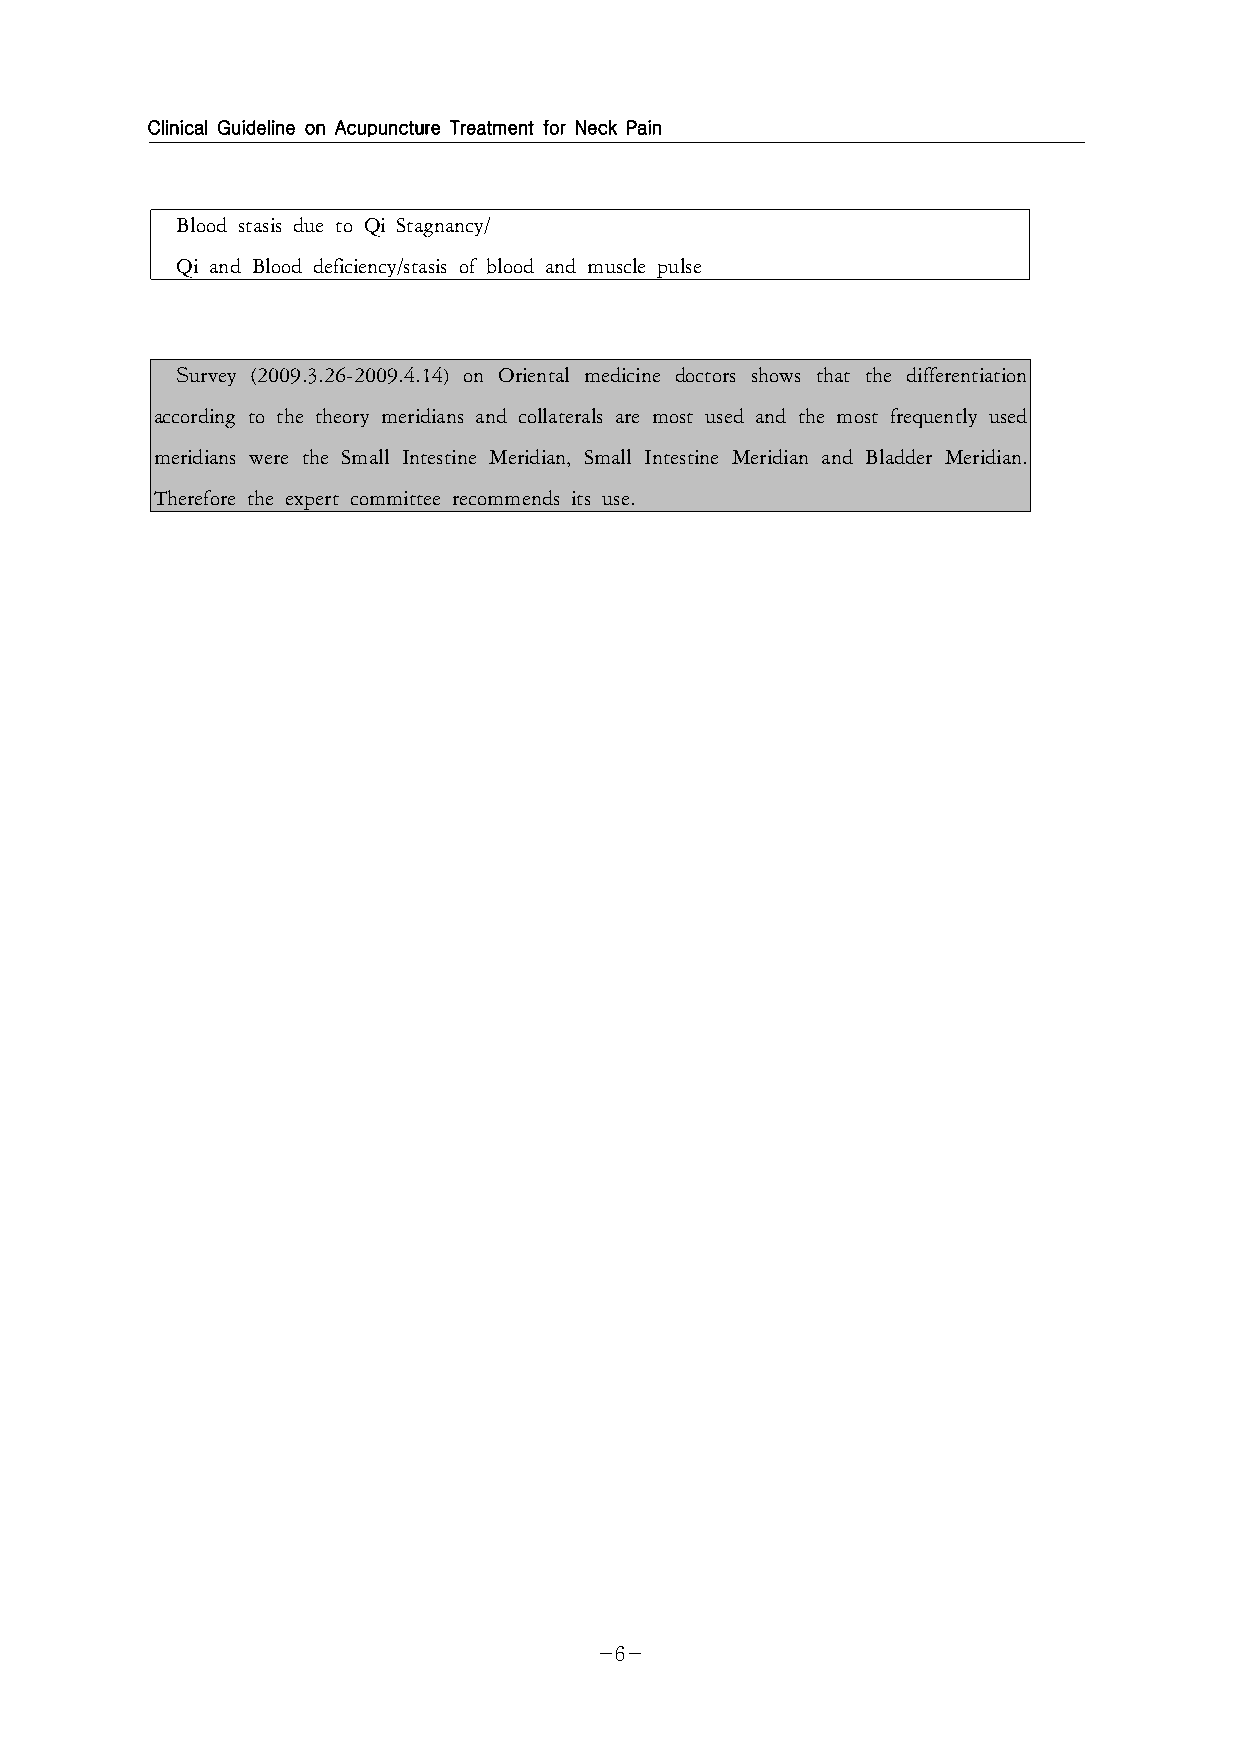
Clinical Guideline on Acupuncture Treatment for Neck Pain
 Blood stasis due to Qi Stagnancy/
 Qi and Blood deficiency/stasis of blood and muscle pulse
 Survey (2009.3.26-2009.4.14) on Oriental medicine doctors shows that the differentiation
 according to the theory meridians and collaterals are most used and the most frequently used
 meridians were the Small Intestine Meridian, Small Intestine Meridian and Bladder Meridian.
 Therefore the expert committee recommends its use.
 -6-